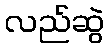
လည်ဆွဲ